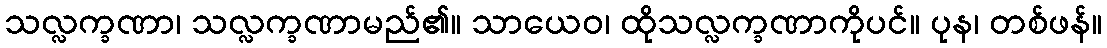
သလ္လက္ခဏာ၊ သလ္လက္ခဏာမည်၏။ သာယေဝ၊ ထိုသလ္လက္ခဏာကိုပင်။ ပုန၊ တစ်ဖန်။